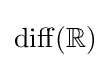
\operatorname {diff} (\mathbb {R} )